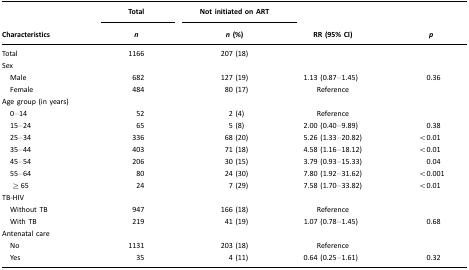
<table><thead><tr><td></td><td><b>Total</b></td><td><b>Not initiated on ART</b></td><td></td><td></td></tr><tr><td><b>Characteristics</b></td><td><b><i>n</i></b></td><td><b><i>n</i> (%)</b></td><td><b>RR (95% CI)</b></td><td><b><i>p</i></b></td></tr></thead><tbody><tr><td>Total</td><td>1166</td><td>207 (18)</td><td></td><td></td></tr><tr><td colspan="5">Sex</td></tr><tr><td> Male</td><td>682</td><td>127 (19)</td><td>1.13 (0.87–1.45)</td><td>0.36</td></tr><tr><td> Female</td><td>484</td><td>80 (17)</td><td>Reference</td><td></td></tr><tr><td colspan="5">Age group (in years)</td></tr><tr><td> 0–14</td><td>52</td><td>2 (4)</td><td>Reference</td><td></td></tr><tr><td> 15–24</td><td>65</td><td>5 (8)</td><td>2.00 (0.40–9.89)</td><td>0.38</td></tr><tr><td> 25–34</td><td>336</td><td>68 (20)</td><td>5.26 (1.33–20.82)</td><td>&lt;0.01</td></tr><tr><td> 35–44</td><td>403</td><td>71 (18)</td><td>4.58 (1.16–18.12)</td><td>&lt;0.01</td></tr><tr><td> 45–54</td><td>206</td><td>30 (15)</td><td>3.79 (0.93–15.33)</td><td>0.04</td></tr><tr><td> 55–64</td><td>80</td><td>24 (30)</td><td>7.80 (1.92–31.62)</td><td>&lt;0.001</td></tr><tr><td> ≥ 65</td><td>24</td><td>7 (29)</td><td>7.58 (1.70–33.82)</td><td>&lt;0.01</td></tr><tr><td colspan="5">TB-HIV</td></tr><tr><td> Without TB</td><td>947</td><td>166 (18)</td><td>Reference</td><td></td></tr><tr><td> With TB</td><td>219</td><td>41 (19)</td><td>1.07 (0.78–1.45)</td><td>0.68</td></tr><tr><td colspan="5">Antenatal care</td></tr><tr><td> No</td><td>1131</td><td>203 (18)</td><td>Reference</td><td></td></tr><tr><td> Yes</td><td>35</td><td>4 (11)</td><td>0.64 (0.25–1.61)</td><td>0.32</td></tr></tbody></table>